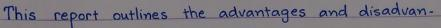
This report outlines the advantages and disadvan -